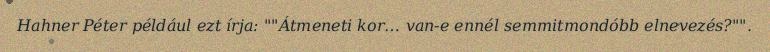
Hahner Péter például ezt írja: ""Átmeneti kor… van-e ennél semmitmondóbb elnevezés?"".